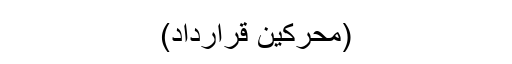
(محرکین قرارداد)